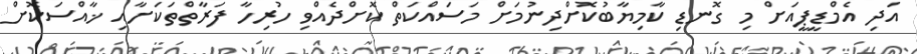
އަދި އެމްޑީޕީއަށް މި ގޮނޑި ކާމިޔާބުކޮށްދިނުމަށް މަސައްކަތް ކޮށްދެއްވި ހުރިހާ ފަރާތްތަކަށާއި ޚާއްސަކޮށް